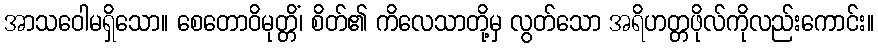
အာသဝေါမရှိသော။ စေတောဝိမုတ္တိံ၊ စိတ်၏ ကိလေသာတို့မှ လွတ်သော အရိဟတ္တဖိုလ်ကိုလည်းကောင်း။